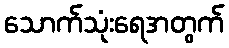
သောက်သုံးရေအတွက်